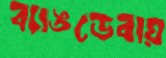
ব্যাঙডেবায়